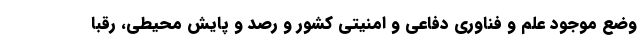
وضع موجود علم و فناوری دفاعی و امنیتی کشور و رصد و پایش محیطی، رقبا